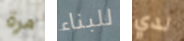
مرة للبناء لدي